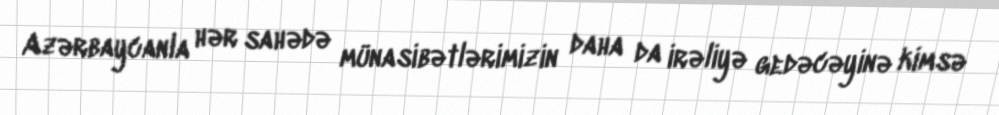
Azərbaycanla hər sahədə münasibətlərimizin daha da irəliyə gedəcəyinə kimsə